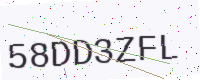
Text: 58DD3ZFL